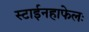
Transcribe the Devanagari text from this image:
स्टाईनहाफेलः